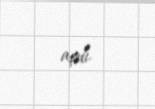
açdı.